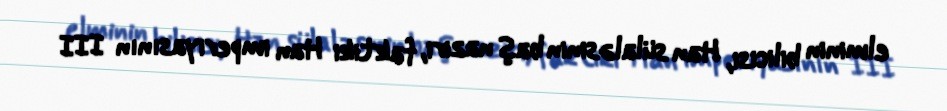
elminin bilicisi, Han sülaləsinin baş naziri, faktiki Han imperiyasının III